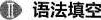
语法填空